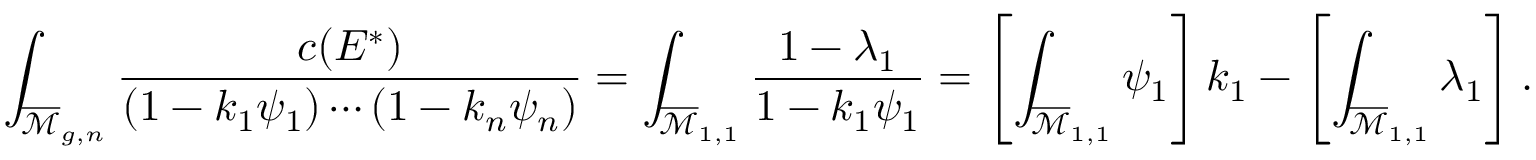
\int _ { { \overline { { \mathcal { M } } } } _ { g , n } } { \frac { c ( E ^ { * } ) } { ( 1 - k _ { 1 } \psi _ { 1 } ) \cdots ( 1 - k _ { n } \psi _ { n } ) } } = \int _ { { \overline { { \mathcal { M } } } } _ { 1 , 1 } } { \frac { 1 - \lambda _ { 1 } } { 1 - k _ { 1 } \psi _ { 1 } } } = \left[ \int _ { { \overline { { \mathcal { M } } } } _ { 1 , 1 } } \psi _ { 1 } \right] k _ { 1 } - \left[ \int _ { { \overline { { \mathcal { M } } } } _ { 1 , 1 } } \lambda _ { 1 } \right] .